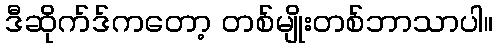
ဒီဆိုက်ဒ်ကတော့ တစ်မျိုးတစ်ဘာသာပါ။